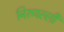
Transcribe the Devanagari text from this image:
निरुपल्ली